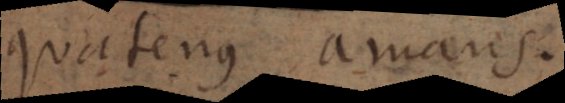
quatenus agens.